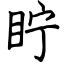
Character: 眝